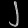
Digit: ၂